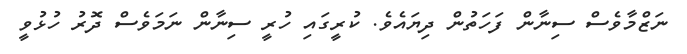
ނަޒްމާވެސް ސިނާން ފަހަތުން ދިޔައެވެ. ކުރީގައި ހުރީ ސިނާން ނަމަވެސް ދޮރު ހުޅުވީ